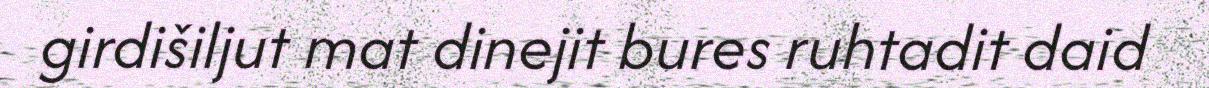
girdišiljut mat dinejit bures ruhtadit daid